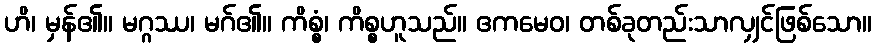
ဟိ၊ မှန်၏။ မဂ္ဂဿ၊ မဂ်၏။ ကိစ္စံ၊ ကိစ္စဟူသည်။ ဧကမေဝ၊ တစ်ခုတည်းသာလျှင်ဖြစ်သော။